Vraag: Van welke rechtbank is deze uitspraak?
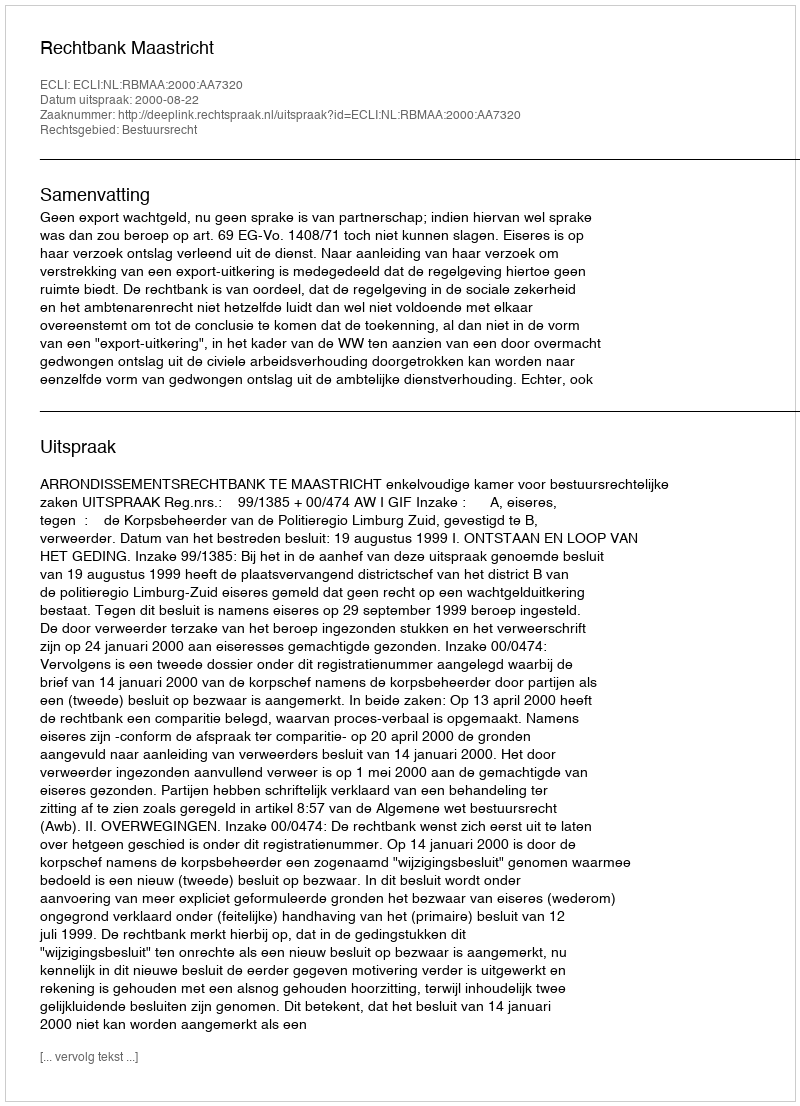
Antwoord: Rechtbank Maastricht